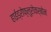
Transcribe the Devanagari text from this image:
हाईड्रोफ़्लुरोकर्बोन